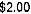
$2.00